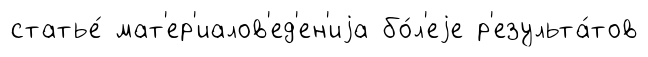
статье́ мат'ер'иалов'ед'ен'иjа бо́л'еjе р'езульта́тов